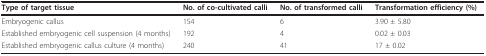
<table><thead><tr><td><b>Type of target tissue</b></td><td><b>No. of co-cultivated calli</b></td><td><b>No. of transformed calli</b></td><td><b>Transformation efficiency (%)</b></td></tr></thead><tbody><tr><td>Embryogenic callus</td><td>154</td><td>6</td><td>3.90 ± 5.80</td></tr><tr><td>Established embryogenic cell suspension (4 months)</td><td>192</td><td>4</td><td>0.02 ± 0.03</td></tr><tr><td>Established embryogenic callus culture (4 months)</td><td>240</td><td>41</td><td>17 ± 0.02</td></tr></tbody></table>